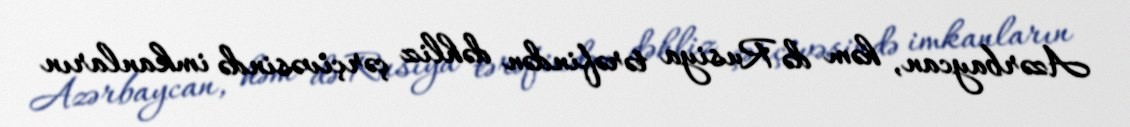
Azərbaycan, həm də Rusiya tərəfindən dəhliz çərçivəsində imkanların